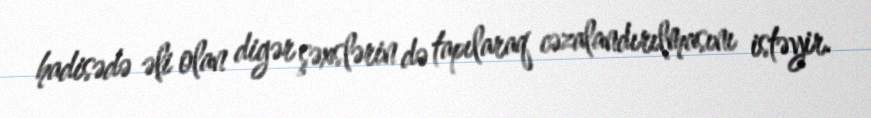
hadisədə əli olan digər şəxslərin də tapılaraq cəzalandırılmasını istəyir.